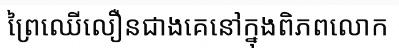
ព្រៃឈើលឿនជាងគេនៅក្នុងពិភពលោក